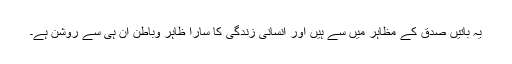
یہ باتیں صدق کے مظاہر میں سے ہیں اور انسانی زندگی کا سارا ظاہر وباطن ان ہی سے روشن ہے۔